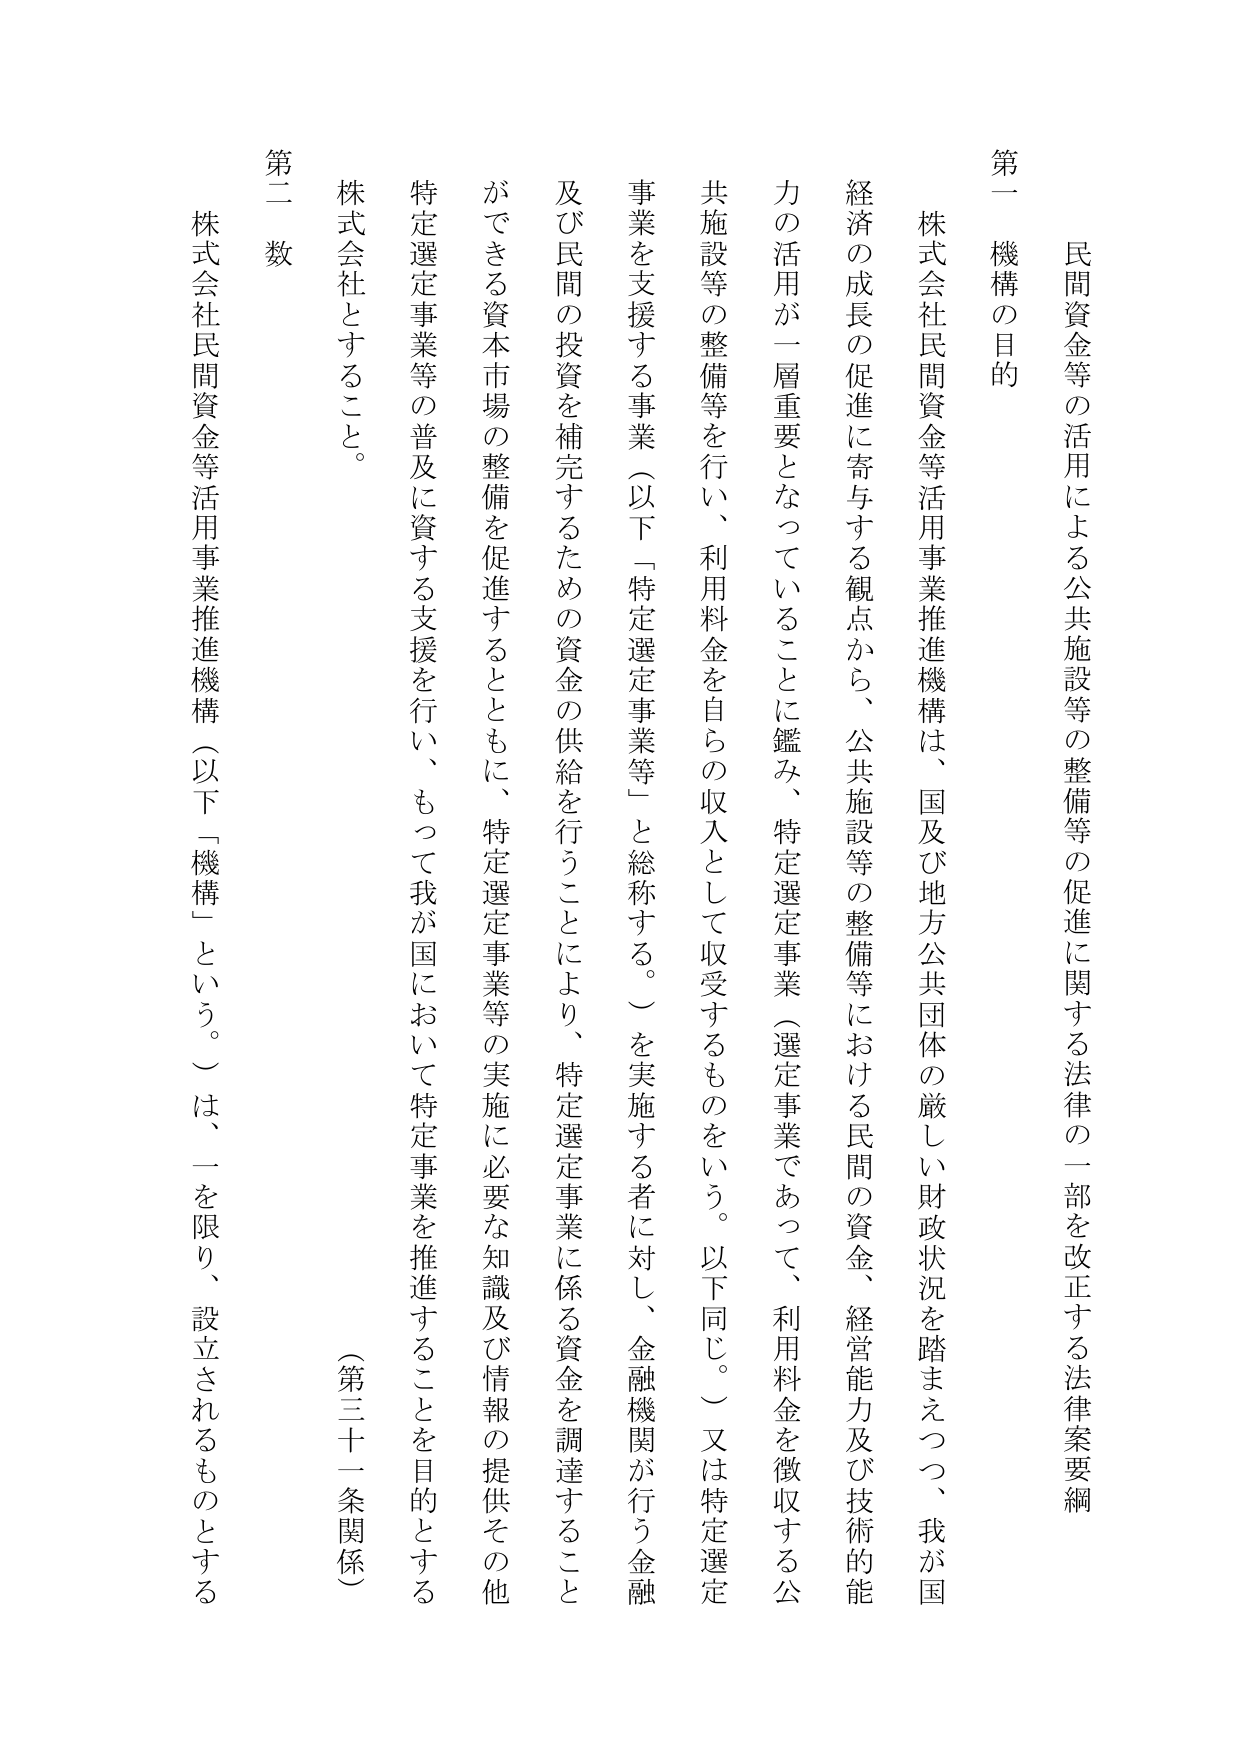
民間資金等の活用による公共施設等の整備等の促進に関する法律の一部を改正する法律案要綱

第一 機構の目的

株式会社民間資金等活用事業推進機構は、国及び地方公共団体の厳しい財政状況を踏まえつつ、我が国経済の成長の促進に寄与する観点から、公共施設等の整備等における民間の資金、経営能力及び技術的能力の活用が一層重要となっていることに鑑み、特定選定事業（選定事業であって、利用料金を徴収する公共施設等の整備等を行い、利用料金を自らの収入として収受するものをいう。以下同じ。）又は特定選定事業を支援する事業（以下「特定選定事業等」と総称する。）を実施する者に対し、金融機関が行う金融及び民間の投資を補完するための資金の供給を行うことにより、特定選定事業に係る資金を調達することができる資本市場の整備を促進するとともに、特定選定事業等の実施に必要な知識及び情報の提供その他特定選定事業等の普及に資する支援を行い、もって我が国において特定事業を推進することを目的とする株式会社とすること。

第二 数

株式会社民間資金等活用事業推進機構（以下「機構」という。）は、一を限り、設立されるものとする（第三十一条関係）